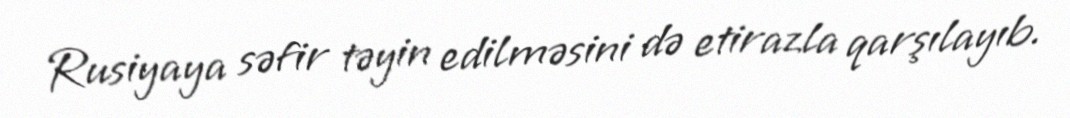
Rusiyaya səfir təyin edilməsini də etirazla qarşılayıb.